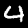
Label: 4